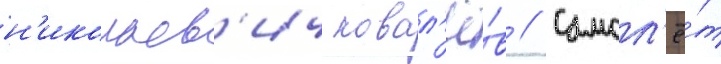
н'иколаев'ич ковал'ё́в // Самол'ё́т